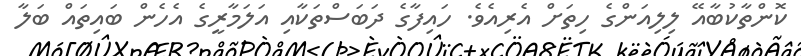
ކޮންތާކުބާއޭ ލިލިއަންގެ ހިތަށް އެރިއެވެ. ހައިފާގެ ދަބަސްތަކާއި އަލަމާރީގެ އެހެން ބައިތައް ބަލާ